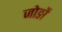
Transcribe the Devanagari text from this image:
जोङों